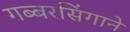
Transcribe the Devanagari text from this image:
गब्बरसिंगाने